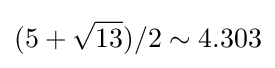
(5+{\sqrt {13}})/2\sim 4.303